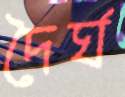
দৈর্ঘ